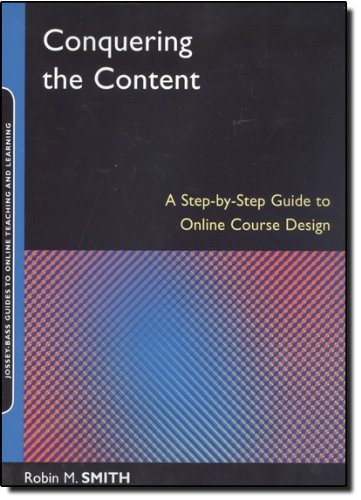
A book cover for Conquering the Content: A Step-by-Step Guide to Online Course Design; Robin M. Smith; Education & Teaching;